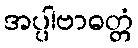
အပ္ပါဗာဓတ္တံ